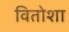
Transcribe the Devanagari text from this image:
वितोशा